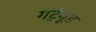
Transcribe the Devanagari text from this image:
गर्ट्‌यूड